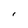
Character: I